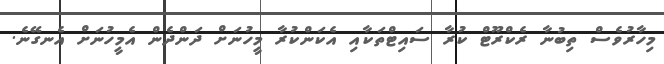
މިހާރުވެސް ތިބުނާ ރެކްރޫޓް ކުރާ ސައިޓްތަކާއި އެކަންކުރާ މީހުނަށް ދަންދެން އެމީހުނަށް އެނގޭނެ.